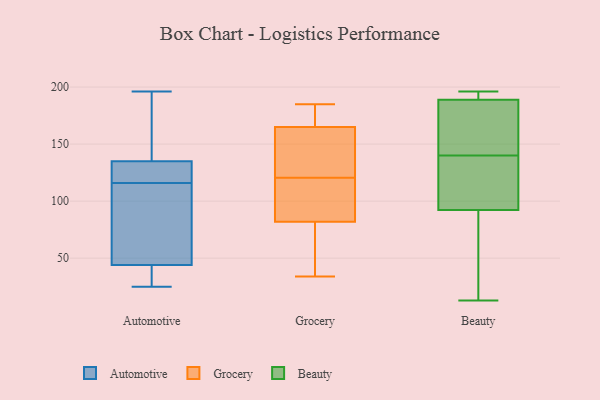
{"axis": {"x": "Gross Profit (USD K)", "y": "Value"}, "legend": ["Automotive", "Beauty", "Grocery"], "data": [{"x": "", "y": 174, "type": "Automotive"}, {"x": "", "y": 123, "type": "Automotive"}, {"x": "", "y": 170, "type": "Automotive"}, {"x": "", "y": 42, "type": "Automotive"}, {"x": "", "y": 74, "type": "Automotive"}, {"x": "", "y": 36, "type": "Automotive"}, {"x": "", "y": 129, "type": "Automotive"}, {"x": "", "y": 65, "type": "Automotive"}, {"x": "", "y": 110, "type": "Automotive"}, {"x": "", "y": 178, "type": "Automotive"}, {"x": "", "y": 34, "type": "Automotive"}, {"x": "", "y": 122, "type": "Automotive"}, {"x": "", "y": 196, "type": "Automotive"}, {"x": "", "y": 83, "type": "Automotive"}, {"x": "", "y": 25, "type": "Automotive"}, {"x": "", "y": 128, "type": "Automotive"}, {"x": "", "y": 135, "type": "Automotive"}, {"x": "", "y": 44, "type": "Automotive"}, {"x": "", "y": 89, "type": "Grocery"}, {"x": "", "y": 34, "type": "Grocery"}, {"x": "", "y": 165, "type": "Grocery"}, {"x": "", "y": 178, "type": "Grocery"}, {"x": "", "y": 82, "type": "Grocery"}, {"x": "", "y": 132, "type": "Grocery"}, {"x": "", "y": 136, "type": "Grocery"}, {"x": "", "y": 76, "type": "Grocery"}, {"x": "", "y": 109, "type": "Grocery"}, {"x": "", "y": 185, "type": "Grocery"}, {"x": "", "y": 196, "type": "Beauty"}, {"x": "", "y": 140, "type": "Beauty"}, {"x": "", "y": 188, "type": "Beauty"}, {"x": "", "y": 13, "type": "Beauty"}, {"x": "", "y": 121, "type": "Beauty"}, {"x": "", "y": 106, "type": "Beauty"}, {"x": "", "y": 135, "type": "Beauty"}, {"x": "", "y": 191, "type": "Beauty"}, {"x": "", "y": 32, "type": "Beauty"}, {"x": "", "y": 191, "type": "Beauty"}, {"x": "", "y": 51, "type": "Beauty"}, {"x": "", "y": 152, "type": "Beauty"}, {"x": "", "y": 185, "type": "Beauty"}]}